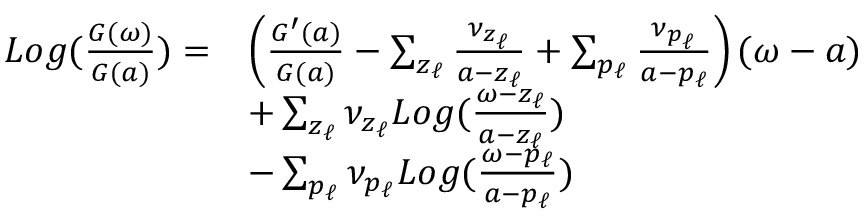
\begin{array} { r } { \begin{array} { r l } { L o g ( \frac { G ( \omega ) } { G ( a ) } ) = } & { \left( \frac { G ^ { \prime } ( a ) } { G ( a ) } - \sum _ { z _ { \ell } } \frac { \nu _ { z _ { \ell } } } { a - z _ { \ell } } + \sum _ { p _ { \ell } } \frac { \nu _ { p _ { \ell } } } { a - p _ { \ell } } \right) ( \omega - a ) } \\ & { + \sum _ { z _ { \ell } } \nu _ { z _ { \ell } } L o g ( \frac { \omega - z _ { \ell } } { a - z _ { \ell } } ) } \\ & { - \sum _ { p _ { \ell } } \nu _ { p _ { \ell } } L o g ( \frac { \omega - p _ { \ell } } { a - p _ { \ell } } ) } \end{array} } \end{array}